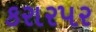
કરારપર